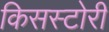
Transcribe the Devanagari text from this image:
किसस्टोरी